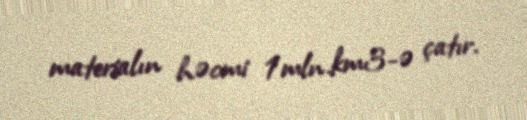
materialın həcmi 1mln.km3-ə çatır.